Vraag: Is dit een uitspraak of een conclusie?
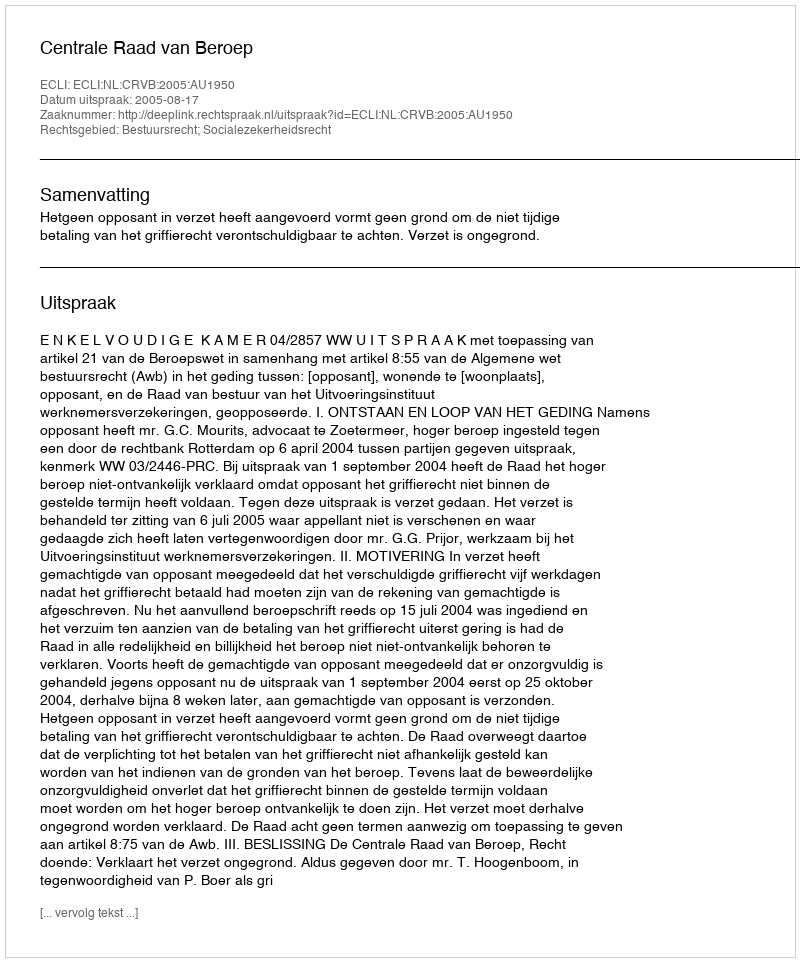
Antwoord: Uitspraak